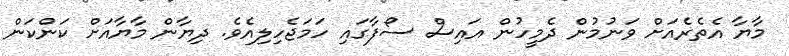
މާޔާ އެތެރެއަށް ވަނުމުން ދެމީހުން އައިސް ސޯފާގައި ހަމަޖެހިލިއެވެ. ދިޔާން މާޔާއަށް ކަންކަން